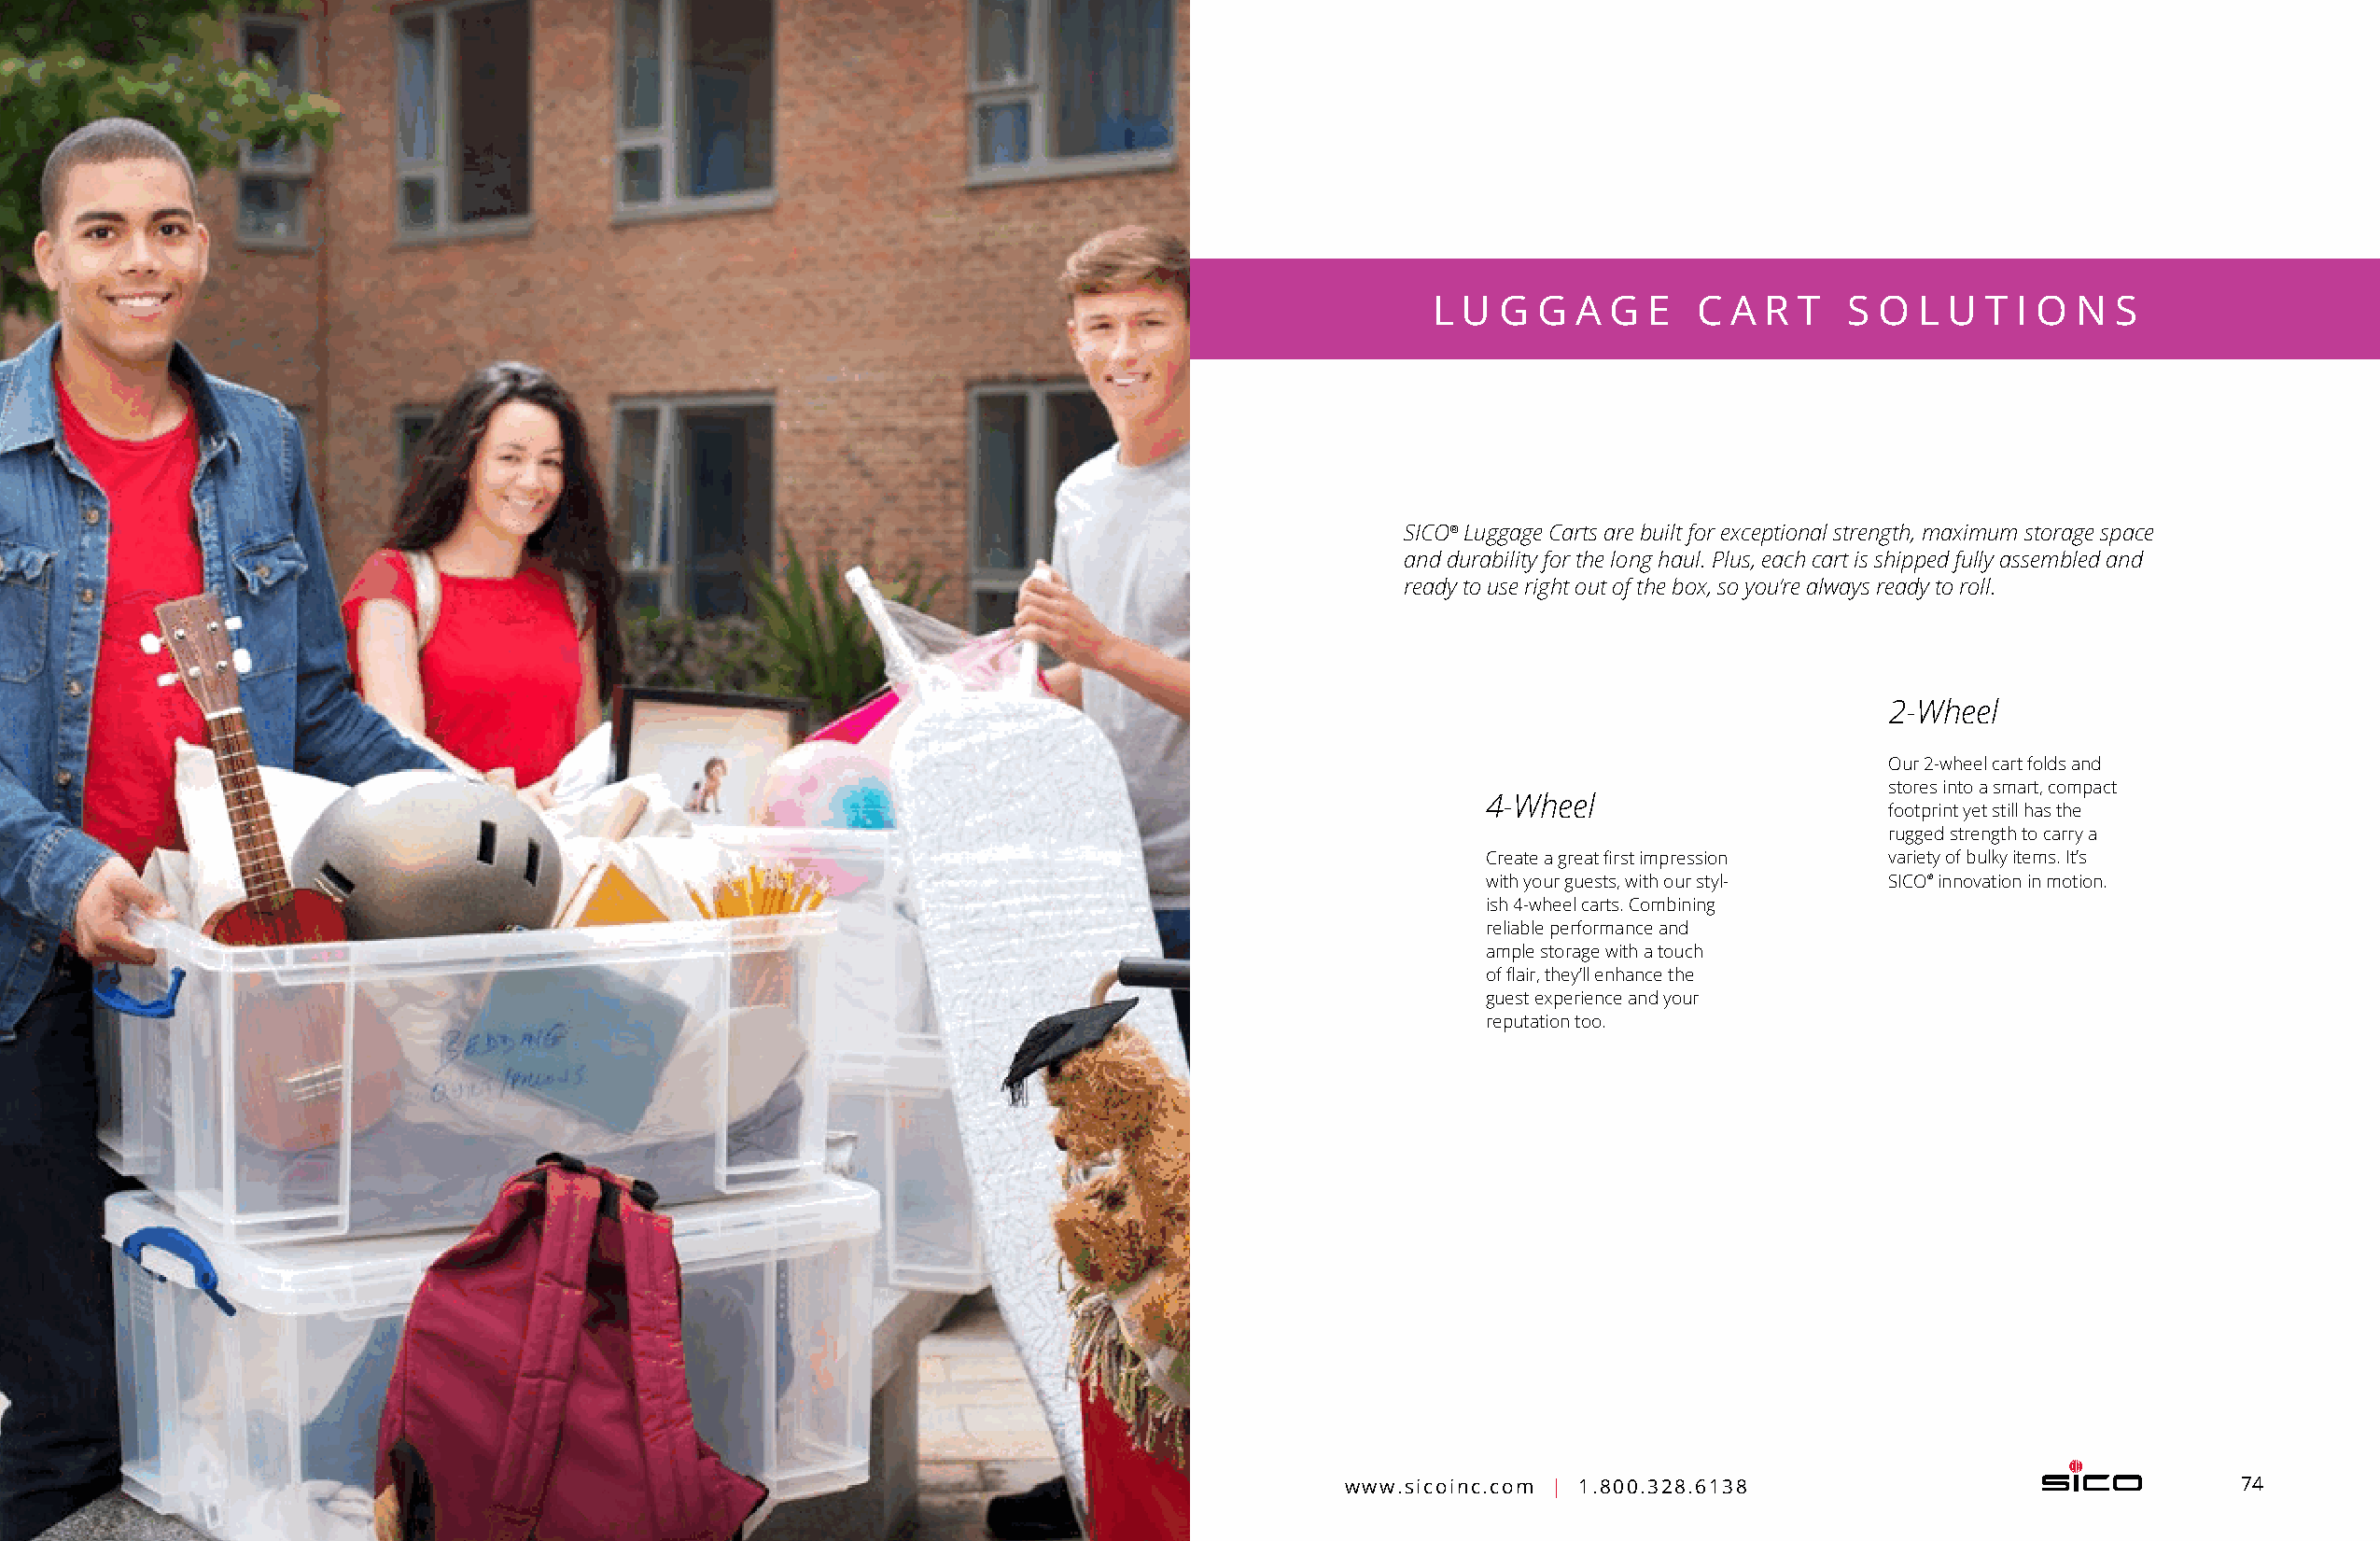
L U G  G  A G  E  C  A R  T  S O  L U  T I O N  S
 SICO® Luggage Carts are built for exceptional strength, m aximum storage space
 and durability for the long haul. Plus, each cart is shipped fully assembled and
 ready to use right out of the box, so you’re always ready to roll.
 2-Wheel
 Our 2-wheel cart folds and
 stores into a smart, c ompact
 4-Wheel
 footprint yet still has the
 rugged strength to carry a
 Create a great first i mpression variety of bulky items. It’s
 with your guests, with our styl- SICO® innovation in motion.
 ish 4-wheel carts. C ombining
 reliable performance and
 ample storage with a touch
 of flair, they’ll enhance the
 guest e xperience and your
 reputation too.
 73    Education - Luggage Cart Solutions                                               www.sicoinc.com | 1.800.328.6138                                74